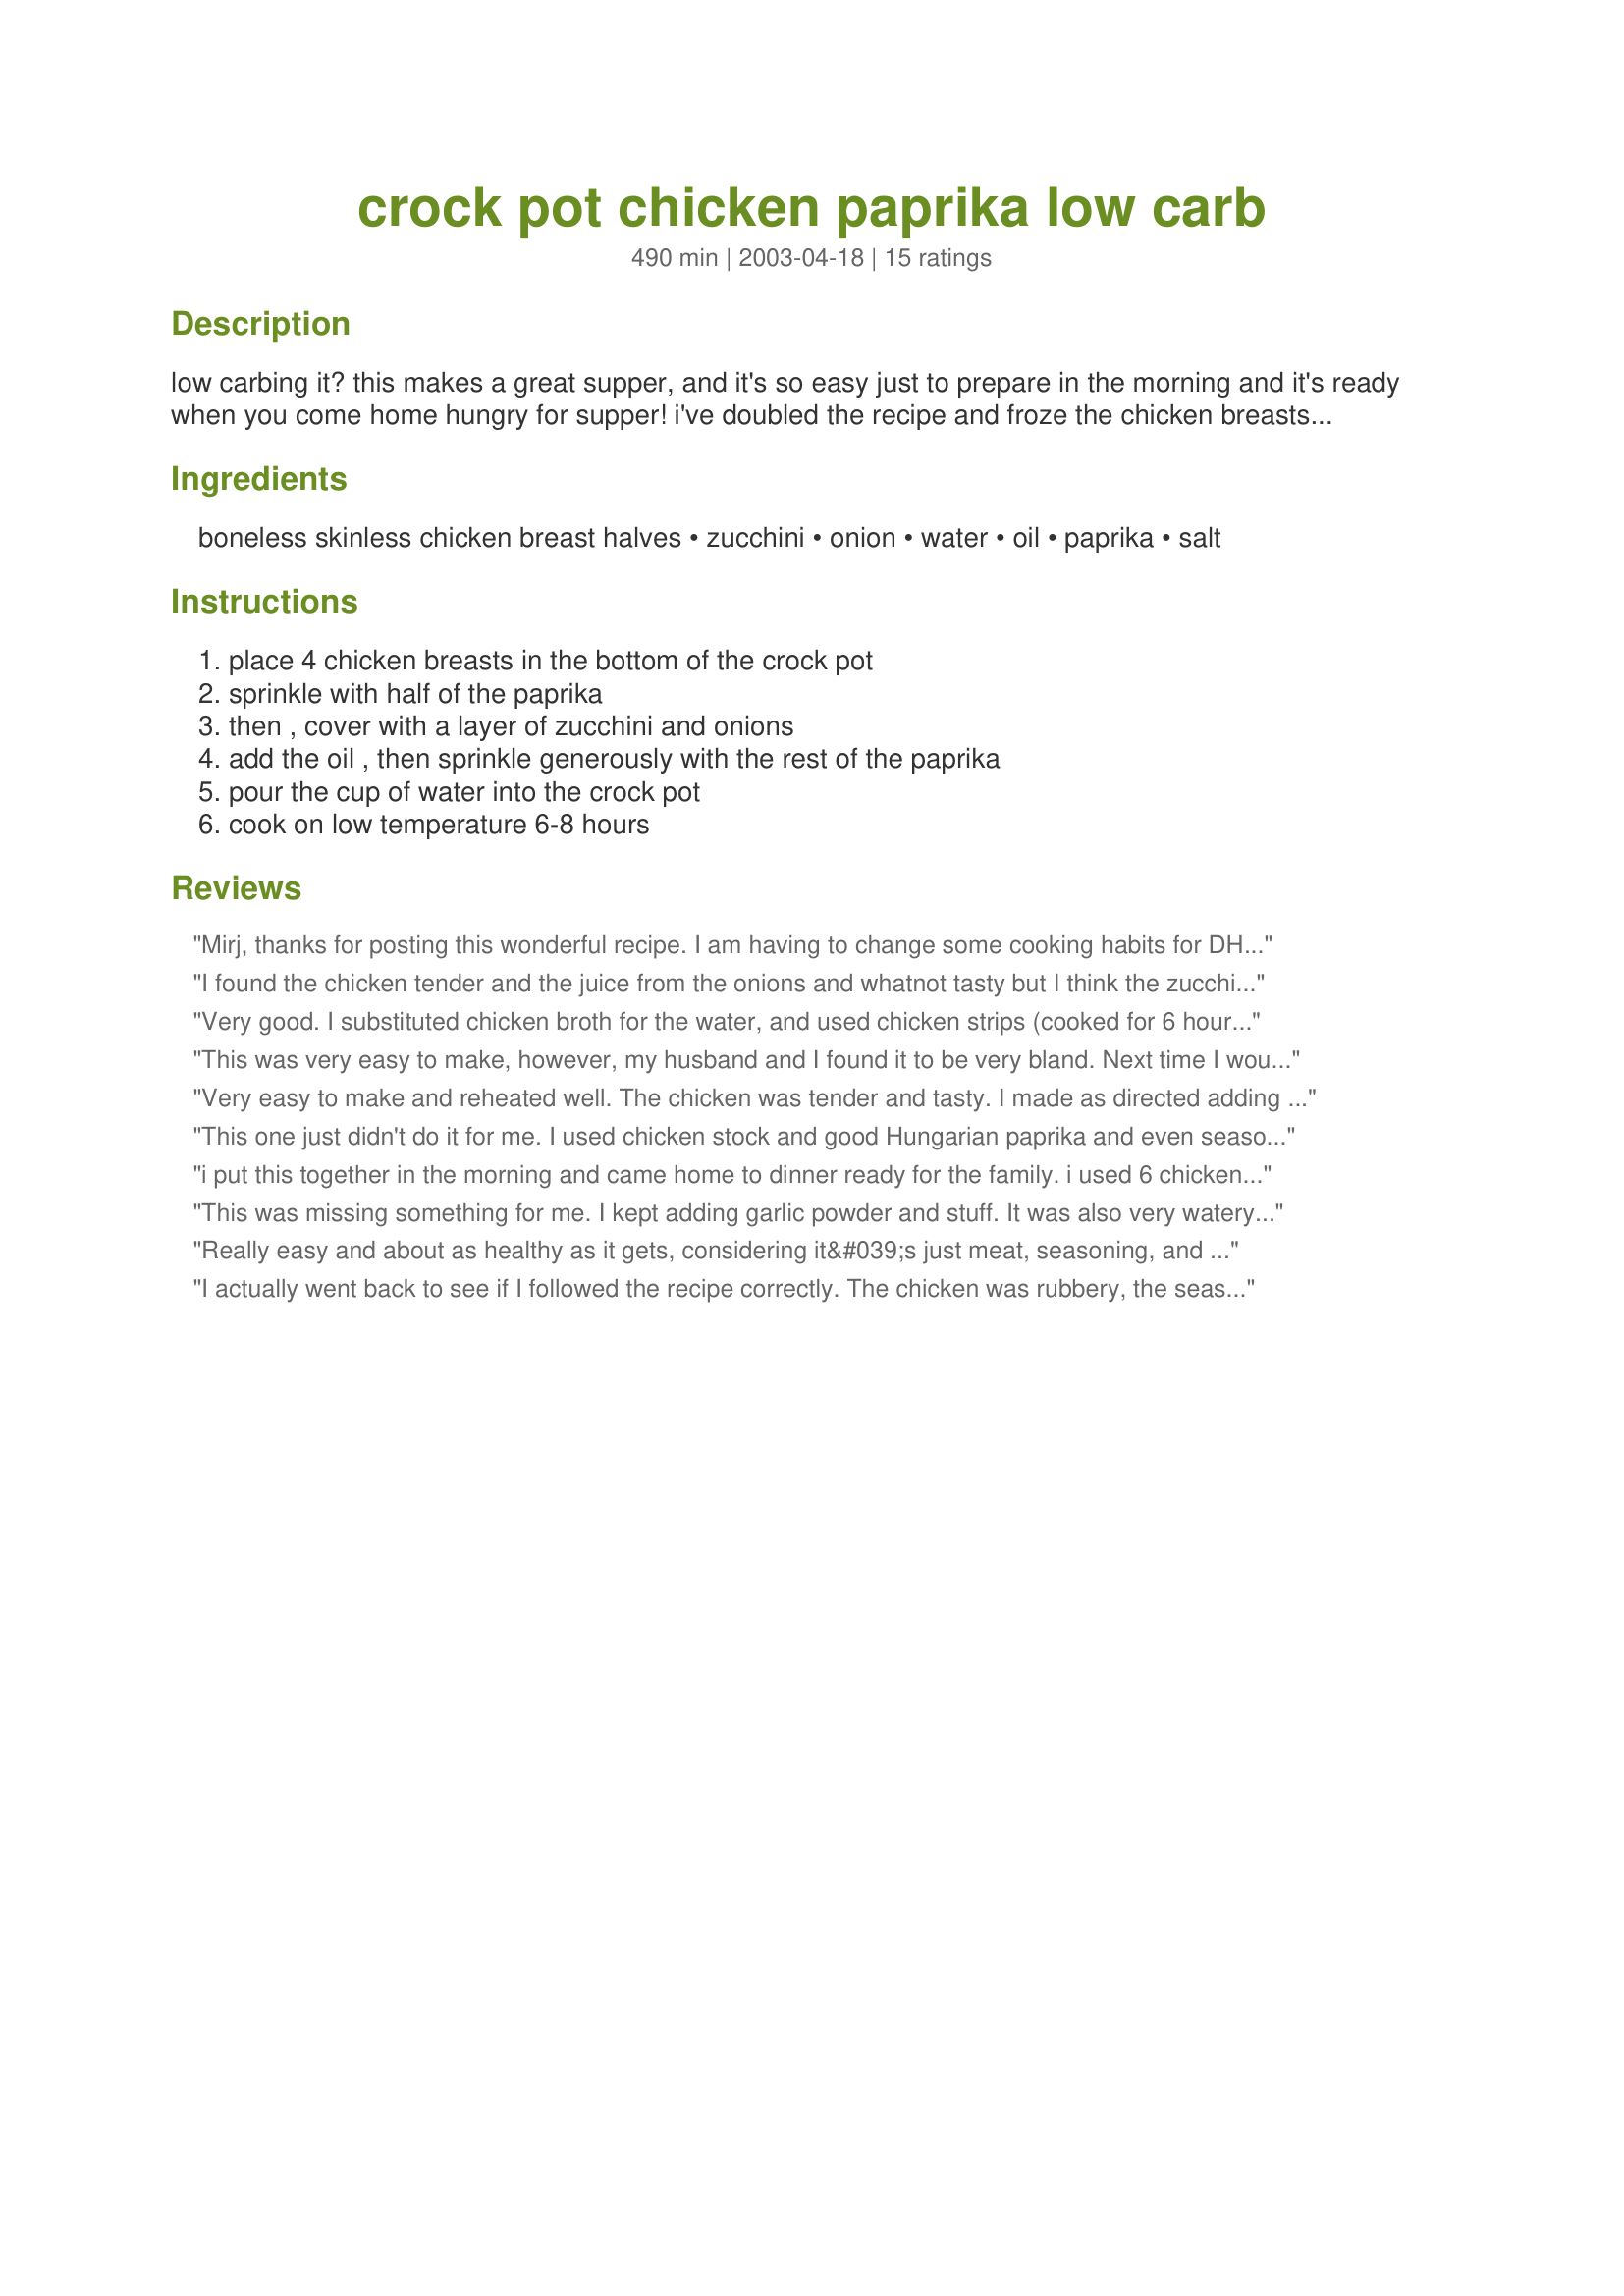
crock pot chicken paprika low carb
Preparation time: 490 minutes

low carbing it? this makes a great supper, and it's so easy just to prepare in the morning and it's ready when you come home hungry for supper! i've doubled the recipe and froze the chicken breasts in single servings to just pop in the microwave.

Ingredients:
boneless skinless chicken breast halves, zucchini, onion, water, oil, paprika, salt

Steps:
place 4 chicken breasts in the bottom of the crock pot, sprinkle with half of the paprika, then , cover with a layer of zucchini and onions, add the oil , then sprinkle generously with the rest of the paprika, pour the cup of water into the crock pot, cook on low temperature 6-8 hours

Reviews:
Mirj, thanks for posting this wonderful recipe. I am having to change some cooking habits for DH, and this one is A-1! I used chicken breast halves that had bones, and cooked it 6 hours. The chicken was moist, the zucchini still looked bright, and the sauce was way too good to be healthy. LOL! This one goes into my tried and true book, 'cause I will surely be making this again. Thanks!
I found the chicken tender and the juice from the onions and whatnot tasty but I think the zucchini being a bland vegetable left me wanting something a little more exciting. Maybe a different choice of vegetables might help. I may try it again with my own variations because it was definately EASY. Thanks for posting
Very good. I substituted chicken broth for the water, and used chicken strips (cooked for 6 hours). I also reduced the oil to 2T, but next time I would omit it completely. Good make-ahead dish for work lunches.
This was very easy to make, however, my husband and I found it to be very bland. Next time I would use something a little more flavorful. But, I think the onions and zucchini were a great choice of vegetables.
Very easy to make and reheated well. The chicken was tender and tasty. I made as directed adding 2 teaspoons of 'herbs de provence'. Next time I would not add paprika on top of the zucchini, the taste was good but it turned the zucchini a really unappealing colour. A good low carb - high protein dish I will make it again.
This one just didn't do it for me. I used chicken stock and good Hungarian paprika and even seasoned the veggies with Mrs Dash table blend. I used the zucchini as well as yellow squash. I just didn't think the chicken had any flavor at all. Tasted like boiled chicken which I don't care for. Loved the easy concept but won't make it again.
i put this together in the morning and came home to dinner ready for the family. i used 6 chicken breasts, otherwise followed the recipe. very quick and easy!
This was missing something for me. I kept adding garlic powder and stuff. It was also very watery, served over rice. Loved the concept though. :) Maybe if I had thickened the sauce.
Really easy and about as healthy as it gets, considering it&#039;s just meat, seasoning, and a couple of veggies... But it&#039;s SO BLAND. This recipe is just not for me.
I actually went back to see if I followed the recipe correctly. The chicken was rubbery, the seasoning had no taste, I do not recommend this recipe. It was easy though.
A little bland for me but my husband loved it. I left out the oil and used chicken stock instead of the water. It's an easy, low fat hassle free dinner!
The chicken was very tender, falling off the bone. However, it was rather bland. The zucchini was tasty, (I used green and yellow) as were the onions. I used bone-in chicken breasts with the skin removed, and they were done in about 5 1/2 hours (1st hour on high, next 4 1/2 on low). Maybe some more spices would liven it up? ~Lana~
Thanks for a good low carb meal:) This was mighty tasty and I really loved the zucchini and chicken together. I omitted the oil and onions and used salt & pepper as well as chilie powder.
This is probably the most bland, boring recipe I have ever found on the internet. If you are in the mood for bland food, sign up! I found it because I was looking for tasty recipes to cook during Phase One, and this has been the big disappointment. Look up the Chicken Broccoli Dijon and double the recipe (or triple or quadruple if you&#039;re cooking for a family), but don&#039;t mess with this unless you&#039;re interested in modifying a recipe before you even start.
The chicken was very juicy and tasty. I thought the squash was over done, but still good. I ommitted the paprika and used chicken seasoning and salt instead.
